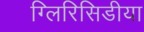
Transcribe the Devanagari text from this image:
ग्लिरिसिडीया